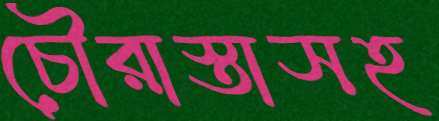
চৌরাস্তাসহ